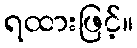
ရထားဖြင့်။